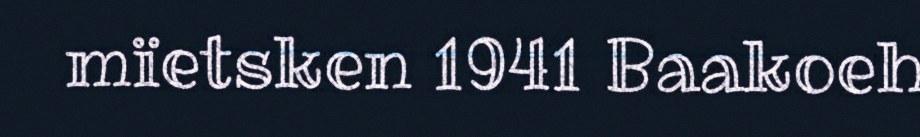
mïetsken 1941 Baakoeh